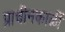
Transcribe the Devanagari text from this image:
प्राचीनकाळीं